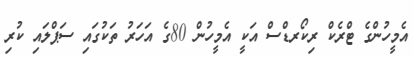
އެމީހުންގެ ޓްރެކް ރިކޯރޑްސް އަކީ އެމީހުން 80ގެ އަހަރު ތަކުގައި ސަޕްލައި ކުރި